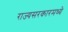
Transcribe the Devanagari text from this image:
राज्यसरकारमध्ये